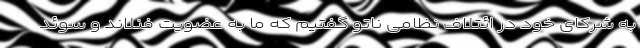
به شرکای خود در ائتلاف نظامی ناتو گفتیم که ما به عضویت فنلاند و سوئد